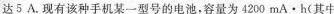
达5A.现有该种手机某一型号的电池，容量为4200mA·h(其中